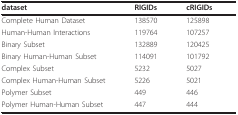
| dataset | RIGIDs | cRIGIDs |
 | --- | --- | --- |
 | Complete Human Dataset | 138570 | 125898 |
 | Human-Human Interactions | 119764 | 107257 |
 | Binary Subset | 132889 | 120425 |
 | Binary Human-Human Subset | 114091 | 101792 |
 | Complex Subset | 5232 | 5027 |
 | Complex Human-Human Subset | 5226 | 5021 |
 | Polymer Subset | 449 | 446 |
 | Polymer Human-Human Subset | 447 | 444 |